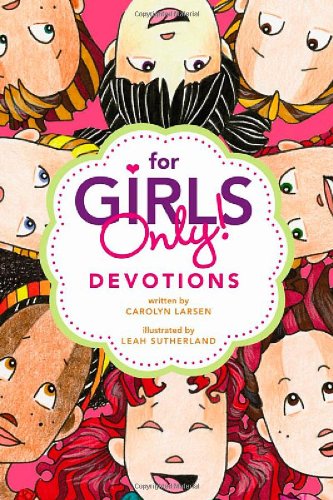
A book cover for For Girls Only! Devotions; Carolyn Larsen; Christian Books & Bibles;